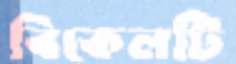
বিকেলটি